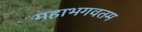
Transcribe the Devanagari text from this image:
महाभगवतम